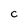
Character: c